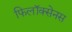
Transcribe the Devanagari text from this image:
फिलॉक्सेनस